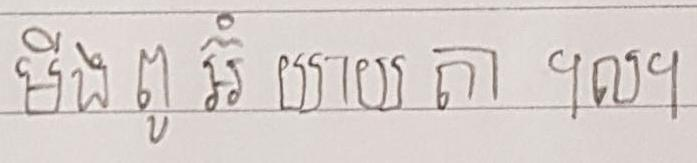
មីង ពូ អ៊ំ យាយ តា ៘